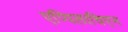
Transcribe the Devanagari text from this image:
एप्पिलाचिएन